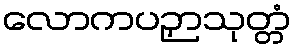
လောကပဉှာသုတ္တံ